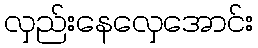
လှည်းနေလှေအောင်း